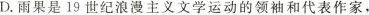
D.雨果是19世纪浪漫主义文学运动的领袖和代表作家，